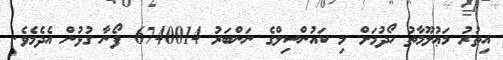
އިތުރު މަޢުލޫމާތު ހޯދުމަށް މި ކައުންސިލްގެ ނަންބަރު 6740014 ފޯނާ ގުޅުން އެދެމެވެ.